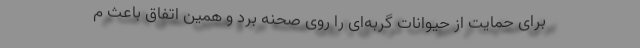
برای حمایت از حیوانات گربه‌ای را روی صحنه برد و همین اتفاق باعث م